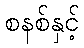
စနစ်နှင့်